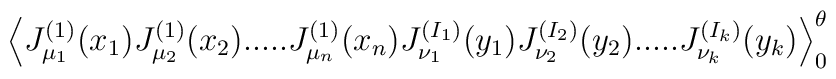
\Big\langle J^{(1)}_{\mu_1}(x_1) J^{(1)}_{\mu_2}(x_2) .....J^{(1)}_{\mu_n}(x_n) J^{(I_1)}_{\nu_1}(y_1)J^{(I_2)}_{\nu_2}(y_2) ..... J^{(I_k)}_{\nu_k}(y_k) \Big\rangle_0^\theta